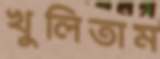
খুলিতাম